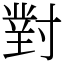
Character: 對